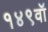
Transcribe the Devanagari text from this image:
१४९वॉ